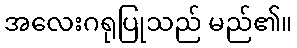
အလေးဂရုပြုသည် မည်၏။